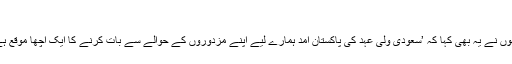
‘
انھوں نے یہ بھی کہا کہ ’سعودی ولی عہد کی پاکستان آمد ہمارے لیے اپنے مزدوروں کے حوالے سے بات کرنے کا ایک اچھا موقع ہے۔